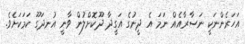
އަހަރެންނަކީ ނަސާރާއެއް ނަމަ އެ ދީނުގެ އަގީދާ ދޫކޮށްލުން ވާނީ އުނދަގޫ ކަމަކަށެވެ.